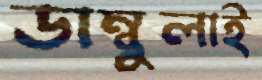
ডাম্বুলাই